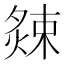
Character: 𭵫